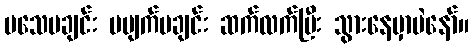
မသေမချင်း မပျက်မချင်း ဆက်လက်ပြီး သွားနေမှာပဲနော်။